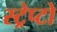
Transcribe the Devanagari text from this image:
स्ट्रेप्टो